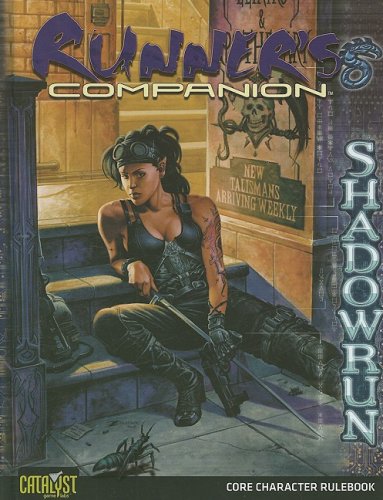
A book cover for Shadowrun Runners Companion (Shadowrun Core Character Rulebooks); Catalyst Game Labs; Science Fiction & Fantasy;